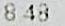
8.48